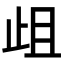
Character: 𭭞